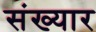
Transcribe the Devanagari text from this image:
संख्यार